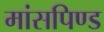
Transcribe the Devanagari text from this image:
मांसपिण्ड